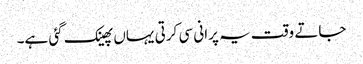
جاتے وقت یہ پرانی سی کرتی یہاں پھینک گئی ہے۔